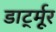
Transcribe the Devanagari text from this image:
डार्ट्मूर